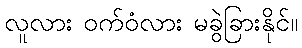
လူလား ဝက်ဝံလား မခွဲခြားနိုင်။